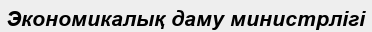
Экономикалық даму министрлігі